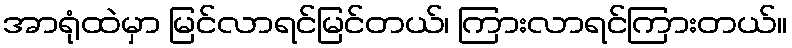
အာရုံထဲမှာ မြင်လာရင်မြင်တယ်၊ ကြားလာရင်ကြားတယ်။